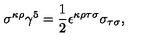
\sigma ^ { \kappa \rho } \gamma ^ { 5 } = \frac { 1 } { 2 } \epsilon ^ { \kappa \rho \tau \sigma } \sigma _ { \tau \sigma } ,